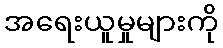
အရေးယူမှုများကို